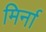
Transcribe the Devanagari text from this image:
मिर्ना